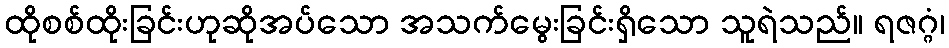
ထိုစစ်ထိုးခြင်းဟုဆိုအပ်သော အသက်မွေးခြင်းရှိသော သူရဲသည်။ ရဇဂ္ဂံ၊